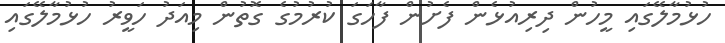
ހުޅުމާލޭގައި މީހުން ދިރިއުޅެން ފެށުން ފާހަގަ ކުރުމުގެ ގޮތުން މިއަދު ހަވީރު ހުޅުމާލޭގައި